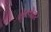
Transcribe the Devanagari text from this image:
कुंडोदर